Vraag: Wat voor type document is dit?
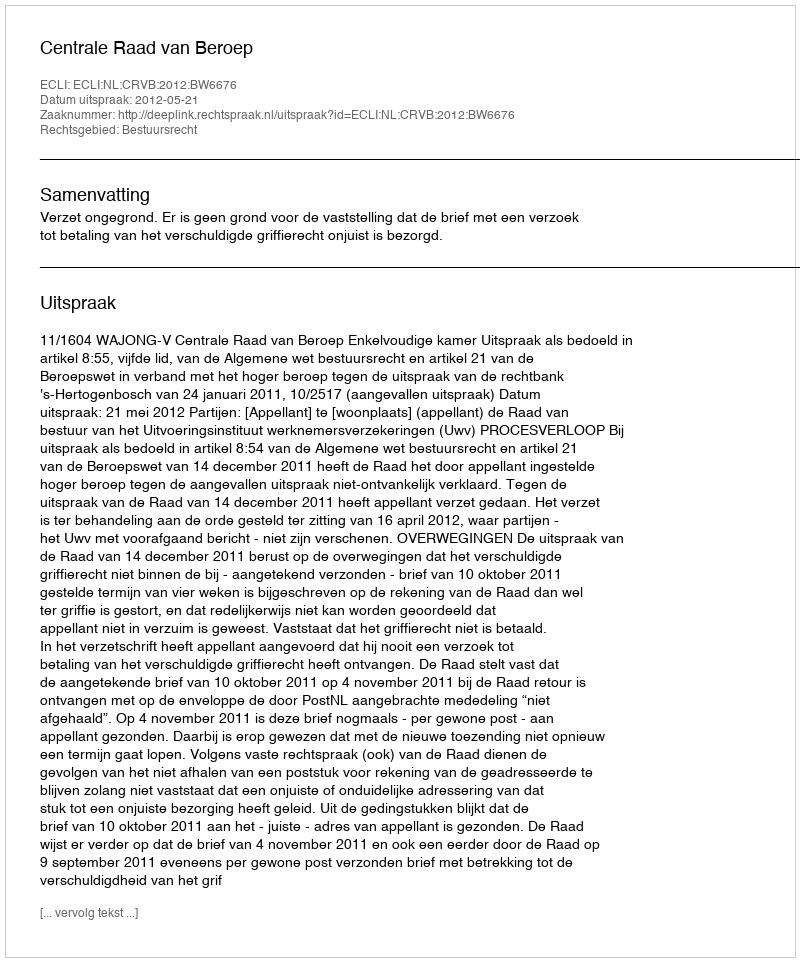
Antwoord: Uitspraak